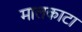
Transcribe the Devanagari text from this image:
मालकाटा